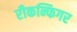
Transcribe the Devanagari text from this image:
रीकन्फिगर